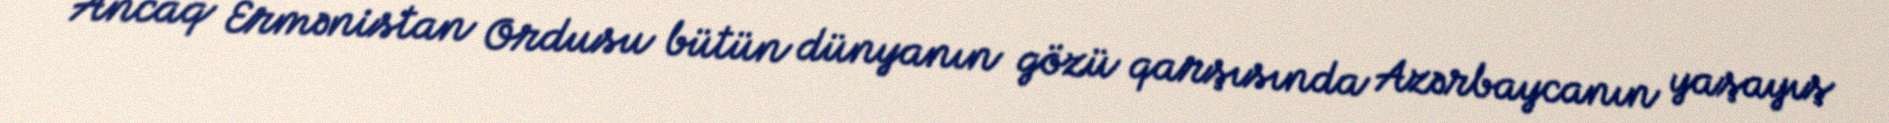
Ancaq Ermənistan Ordusu bütün dünyanın gözü qarşısında Azərbaycanın yaşayış